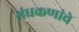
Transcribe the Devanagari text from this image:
गंधकणांचे